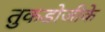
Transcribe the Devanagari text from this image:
तुकडोजीके